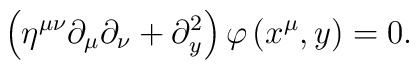
\left(\eta^{\mu\nu} \partial_\mu\partial_\nu + \partial_y ^2\right)\varphi\left(x^\mu ,y\right) =0 .